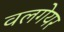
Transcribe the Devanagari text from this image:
वलगेयर